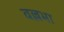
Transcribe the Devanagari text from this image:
वल्लभा